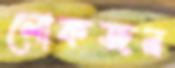
লোকজন